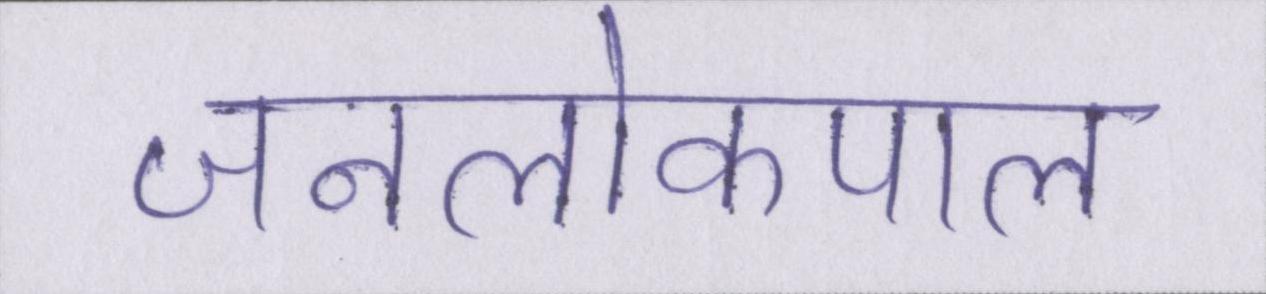
जनलोकपाल